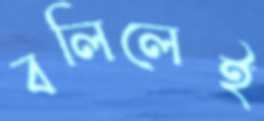
বলিলেই